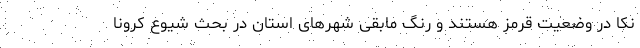
نکا در وضعیت قرمز هستند و رنگ مابقی شهرهای استان در بحث شیوع کرونا